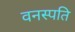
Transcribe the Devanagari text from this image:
वनस्‍पति